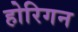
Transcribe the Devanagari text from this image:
होरिगन